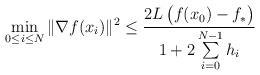
LaTeX: \begin{align*} \min_{0 {} \leq {} i {} \leq {} N}\|\nabla f(x_i)\|^2 {} \leq {} {\frac{2L\,\big(f(x_0)-f_*\big)}{1 + 2 \sum\limits_{i=0}^{N-1} h_i}}\end{align*}